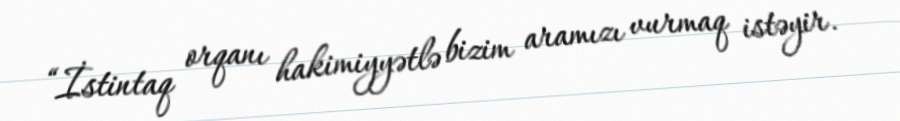
“İstintaq orqanı hakimiyyətlə bizim aramızı vurmaq istəyir.